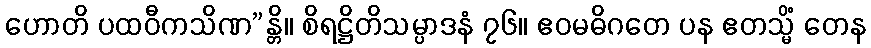
ဟောတိ ပထဝီကသိဏ”န္တိ။ စိရဋ္ဌိတိသမ္ပာဒနံ ၇၆။ ဧဝမဓိဂတေ ပန ဧတသ္မိံ တေန